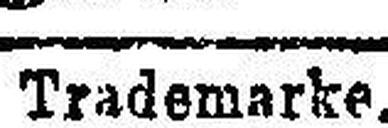
Trademarke.